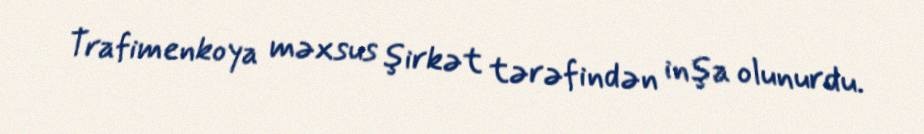
Trafimenkoya məxsus şirkət tərəfindən inşa olunurdu.